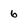
Character: 6